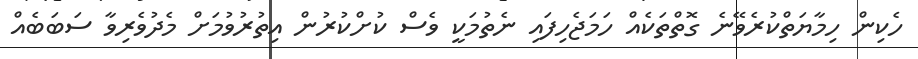
ހެކިން ހިމާޔަތްކުރެވޭނެ ގޮތްތަކެއް ހަމަޖެހިފައި ނެތުމަކީ ވެސް ކުށްކުރުން އިތުރުވުމަށް މެދުވެރިވާ ސަބަބެއް